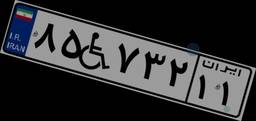
۳۲W۹۸۰۶۲